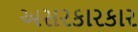
અસરકારકાર